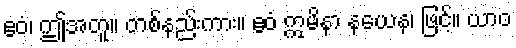
ဧဝံ၊ ဤအတူ။ တစ်နည်းကား။ ဧဝံ ဣမိနာ နယေန၊ ဖြင့်။ ယာဝ